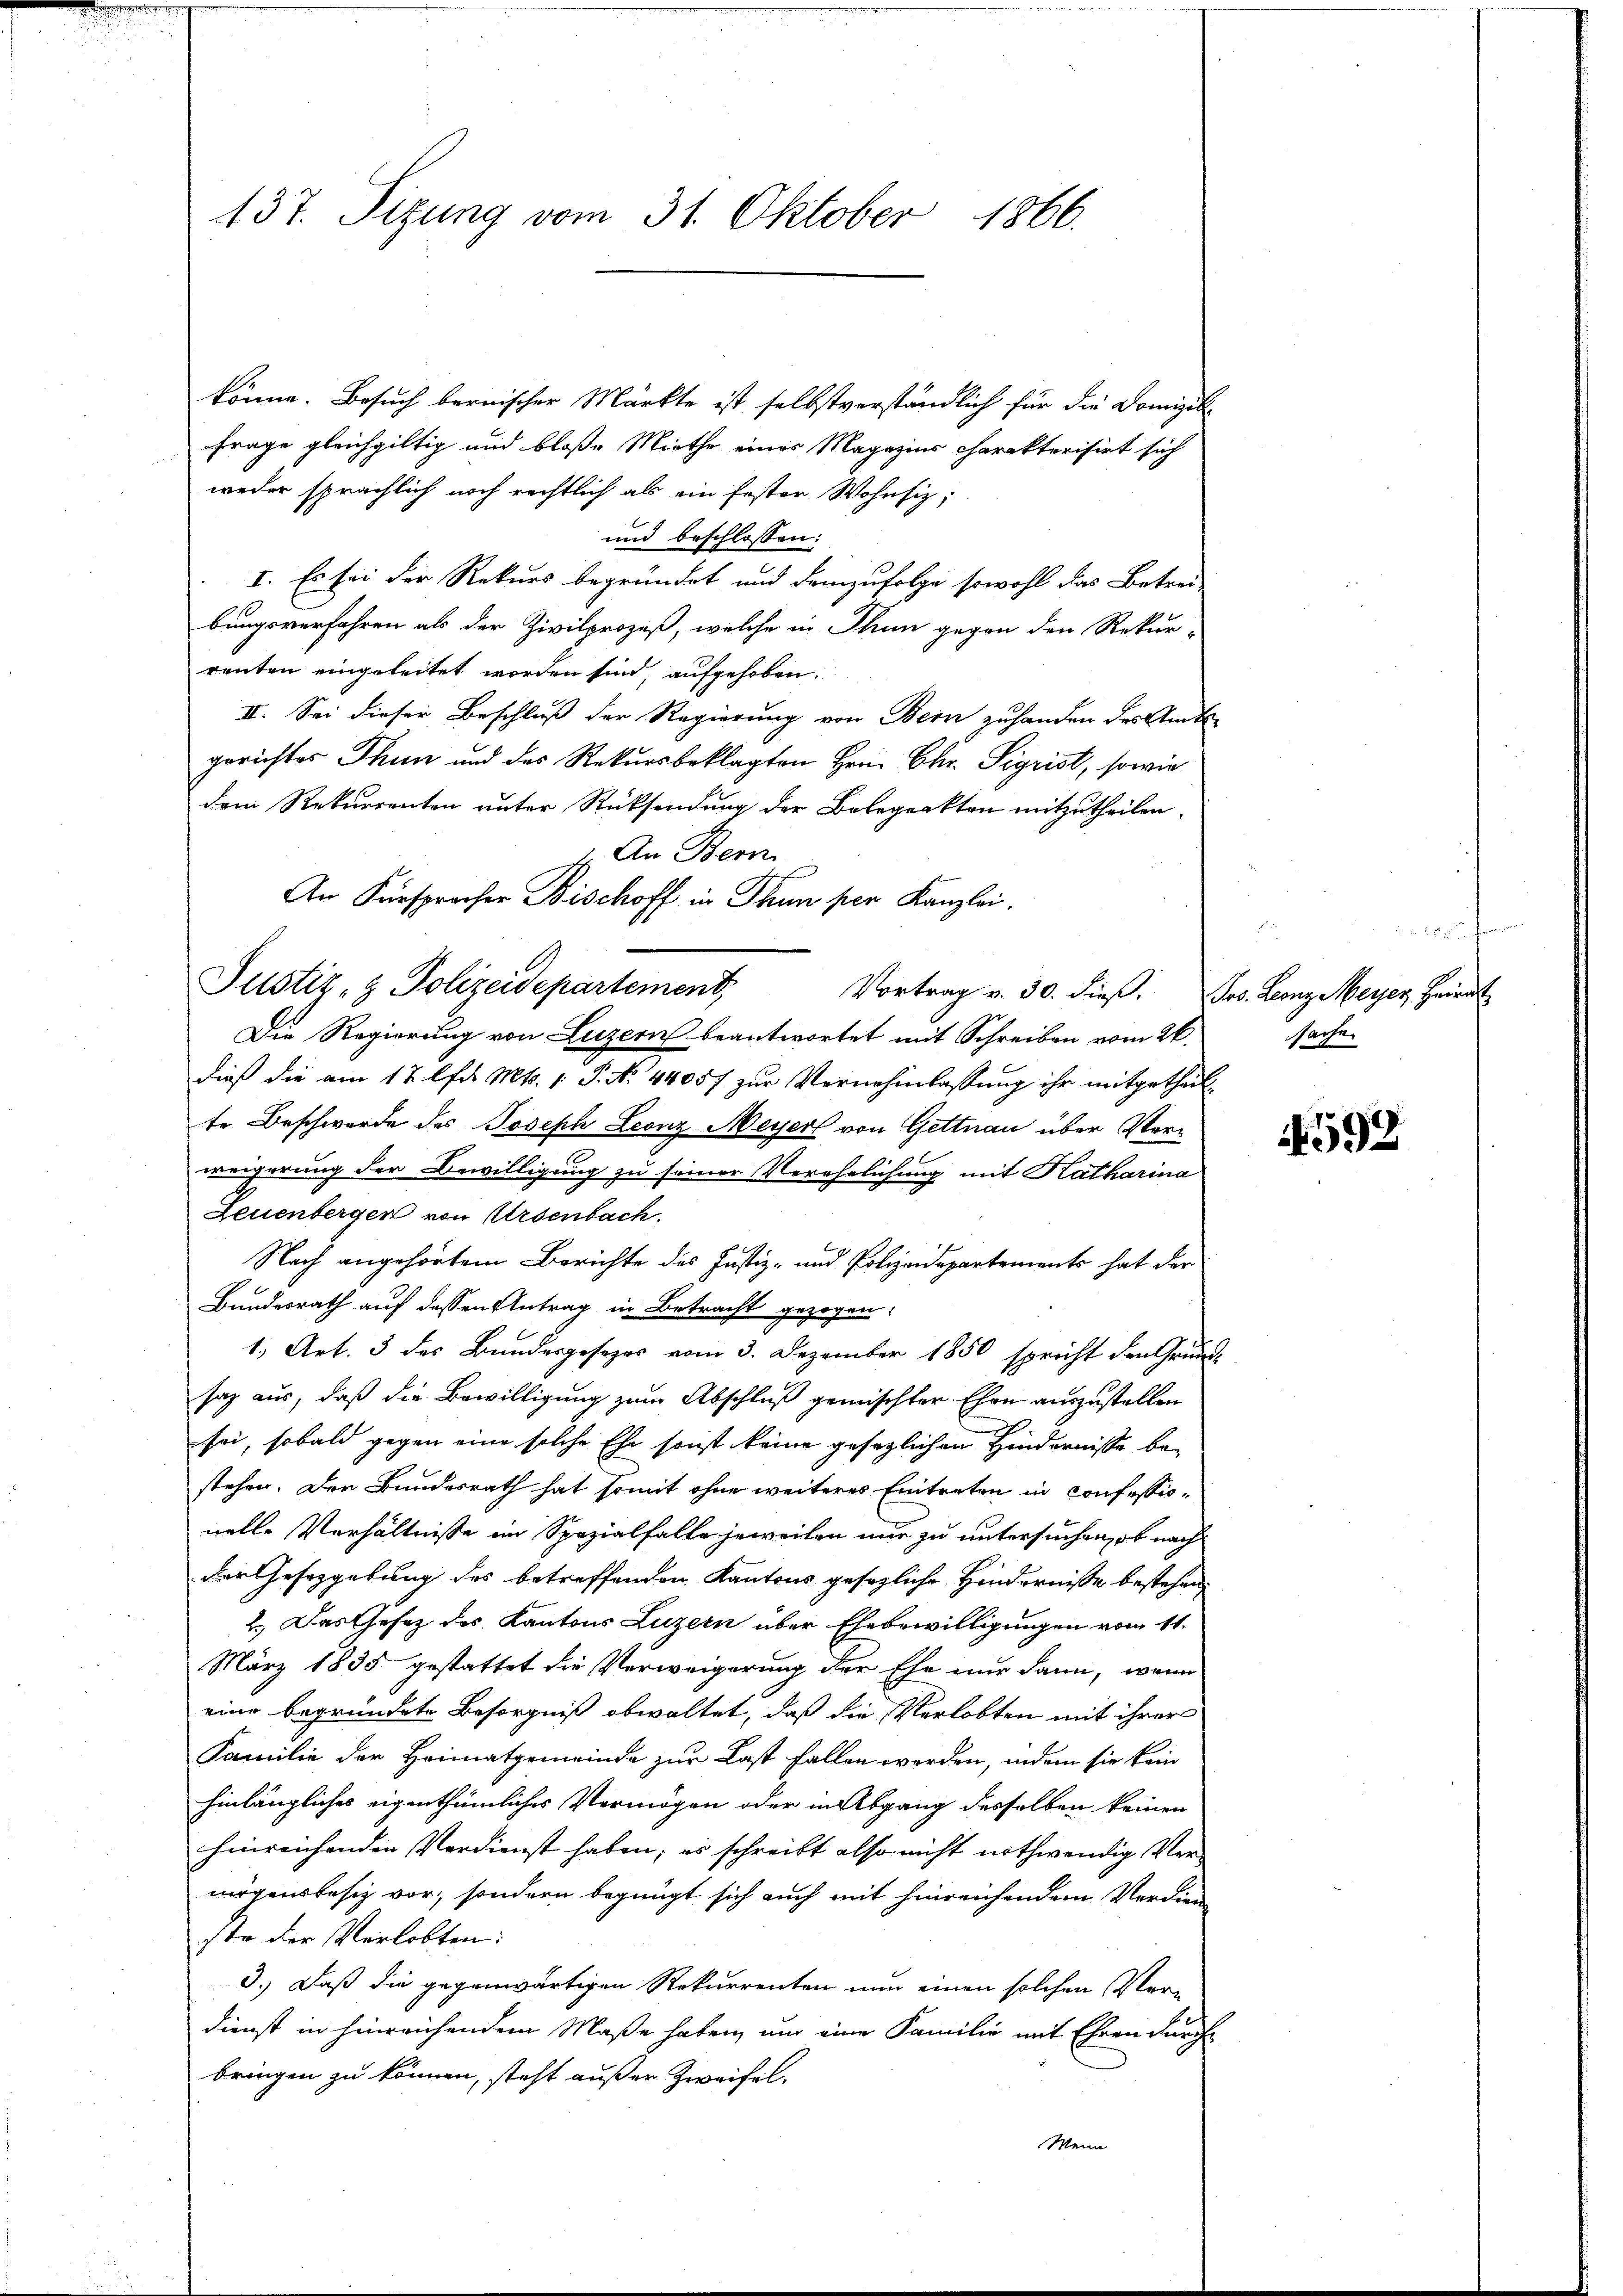
137. Sizung vom 31. Oktober 1866.

könne. Besuch bernischer Märkte ist selbstverständlich für die Domizil
Frage gleichgültig und bloße Miethe eines Magazins charakterisirt sich
weder sprächlich noch rechtlich als ein Erster Wohnsiz;
und beschlossen:
I. Es sei der Rekurs begründet und demzufolge sowohl das Betrei-
bungsverfahren als der Zivilprozeß, welche in Thun gegen den Rekur-
renten eingeleitet worden sind, aufgehoben.
II. Sei dieser Beschluß der Regierung von Bern zuhanden des Amtsgerichtes Thun und des Rekursbeklagten Hrn. Chr. Sigrist, sowie
dem Rekurrenten unter Rücksendung der Belegrakten mitzutheilen.
An Bern
Die Regierung von Luzern beantwortet mit Schreiben vom 26.
dieß die am 12. lfd. Mts. 1 P. No. 44057 zur Vernehmlassung ihr mitgetheilte Beschwerde des Joseph Leonz Meyerl von Gettnau über Verungerung der Bewilligung zu seiner Verehelichung mit Katharina
Zeuenbergen von Ursenbach.
Nach angehörtem Berichte des Justiz- und Polizeidepartements hat der
Bundesrath auf dessen Antrag in Betracht gezogen:
1, Art. 3 des Bundesgesezes vom 3. Dezember 1850 spricht den Grund-
saz aus, daß die Bewilligung zum Abschluß gemischter Ehen auszustellen
sei, sobald gegen eine solche Ehe sonst keine gesetzlichen Hindernisse be-
stehen. Der Bundesrath hat somit ohne weiteres Eintreten in Confessionelle Verhältnisse im Spezialfalle jeweilen nur zu untersuchen, ob nach
der Gesetzgebung des betreffenden Kantons gesezliche Hinderniße bestehen,
2.) Das Gesetz des Kantons Luzern über Ehebewilligungen vom 11.
März 1835 gestattet die Verweigerung der Ehe nur dann, wenn
eine begründete Besorgniß obwaltet, daß die Verlobten mit ihrer
Familie der Heimatgemeinde zur Last fallen werden, indem sie kein
hinlängliches eigenthümliches Vermögen oder in Abgang desselben keinen
hinreichenden Verdienst haben; es schreibt also nicht nothwendig, Vermögensbesiz vor, sondern begnügt sich auch mit hinreichendem Verdien¬
1te der Verlobten:
3.) Daß die gegenwärtigen Rekurrenten nun einen solchen Verdienst in hinreichendem Maße haben, um eine Familie mit Ehren durch
bringen zu können, steht außer Zweifel.
Menn

An Fürspracher Bischoff in Thun per Kanzlei.

Justiz- & Polizeidepartement, Vortrag v. 30. dieβ.  Jos. Leonz Meyer, Heirat

a
sache

592